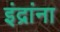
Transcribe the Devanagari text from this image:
इंद्रांना